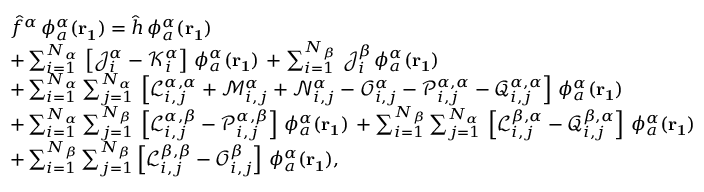
\begin{array} { r l } & { \hat { f } ^ { \alpha } \, \phi _ { a } ^ { \alpha } ( \mathbf { r _ { 1 } } ) = \hat { h } \, \phi _ { a } ^ { \alpha } ( \mathbf { r _ { 1 } } ) } \\ & { + \sum _ { i = 1 } ^ { N _ { \alpha } } \, \left[ \mathcal { J } _ { i } ^ { \alpha } - \mathcal { K } _ { i } ^ { \alpha } \right] \, \phi _ { a } ^ { \alpha } ( \mathbf { r _ { 1 } } ) \, + \sum _ { i = 1 } ^ { N _ { \beta } } \, \mathcal { J } _ { i } ^ { \beta } \, \phi _ { a } ^ { \alpha } ( \mathbf { r _ { 1 } } ) } \\ & { + \sum _ { i = 1 } ^ { N _ { \alpha } } \sum _ { j = 1 } ^ { N _ { \alpha } } \, \left[ \mathcal { L } _ { i , j } ^ { \alpha , \alpha } + \mathcal { M } _ { i , j } ^ { \alpha } + \mathcal { N } _ { i , j } ^ { \alpha } - \mathcal { O } _ { i , j } ^ { \alpha } - \mathcal { P } _ { i , j } ^ { \alpha , \alpha } - \mathcal { Q } _ { i , j } ^ { \alpha , \alpha } \right] \, \phi _ { a } ^ { \alpha } ( \mathbf { r _ { 1 } } ) } \\ & { + \sum _ { i = 1 } ^ { N _ { \alpha } } \sum _ { j = 1 } ^ { N _ { \beta } } \, \left[ \mathcal { L } _ { i , j } ^ { \alpha , \beta } - \mathcal { P } _ { i , j } ^ { \alpha , \beta } \right] \, \phi _ { a } ^ { \alpha } ( \mathbf { r _ { 1 } } ) \, + \sum _ { i = 1 } ^ { N _ { \beta } } \sum _ { j = 1 } ^ { N _ { \alpha } } \, \left[ \mathcal { L } _ { i , j } ^ { \beta , \alpha } - \mathcal { Q } _ { i , j } ^ { \beta , \alpha } \right] \, \phi _ { a } ^ { \alpha } ( \mathbf { r _ { 1 } } ) } \\ & { + \sum _ { i = 1 } ^ { N _ { \beta } } \sum _ { j = 1 } ^ { N _ { \beta } } \left[ \mathcal { L } _ { i , j } ^ { \beta , \beta } - \mathcal { O } _ { i , j } ^ { \beta } \right] \, \phi _ { a } ^ { \alpha } ( \mathbf { r _ { 1 } } ) \mathrm { , } } \end{array}